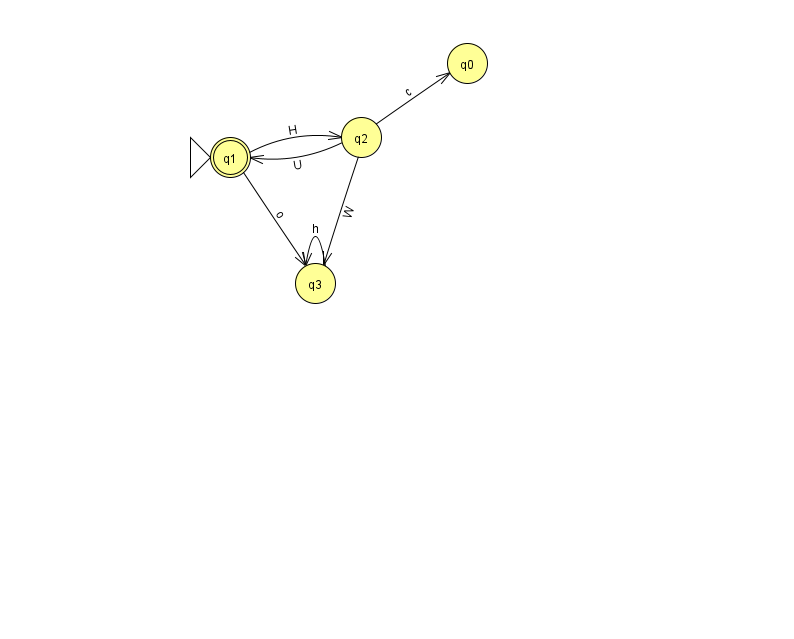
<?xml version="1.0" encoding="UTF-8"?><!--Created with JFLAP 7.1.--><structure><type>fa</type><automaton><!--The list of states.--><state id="0" name="q0"><x>467.0</x><y>50.0</y></state><state id="1" name="q1"><x>230.0</x><y>144.0</y><initial/><final/></state><state id="2" name="q2"><x>361.0</x><y>124.0</y></state><state id="3" name="q3"><x>315.0</x><y>270.0</y></state><!--The list of transitions.--><transition><from>2</from><to>3</to><read>W</read></transition><transition><from>2</from><to>0</to><read>c</read></transition><transition><from>1</from><to>2</to><read>H</read></transition><transition><from>1</from><to>3</to><read>o</read></transition><transition><from>3</from><to>3</to><read>h</read></transition><transition><from>2</from><to>1</to><read>U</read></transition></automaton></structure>